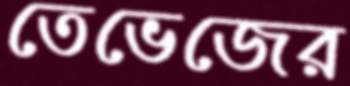
তেভেজের